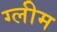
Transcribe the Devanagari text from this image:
ग्लीम